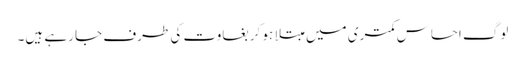
لوگ احساس کمتری میں مبتلا ہو کر بغاوت کی طرف جا رہے ہیں۔